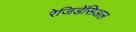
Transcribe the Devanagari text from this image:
रेजिडेंसिअल